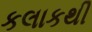
કલાકથી